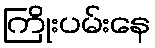
ကြိုးပမ်းနေ